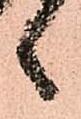
候